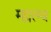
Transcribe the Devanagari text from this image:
म्हात्म्य